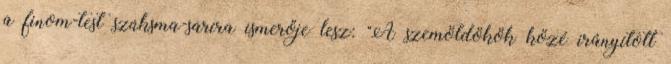
a finom-test szúksma-saríra ismerője lesz: "A szemöldökök közé irányított